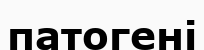
патогені